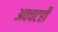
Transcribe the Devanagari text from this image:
अवचटही